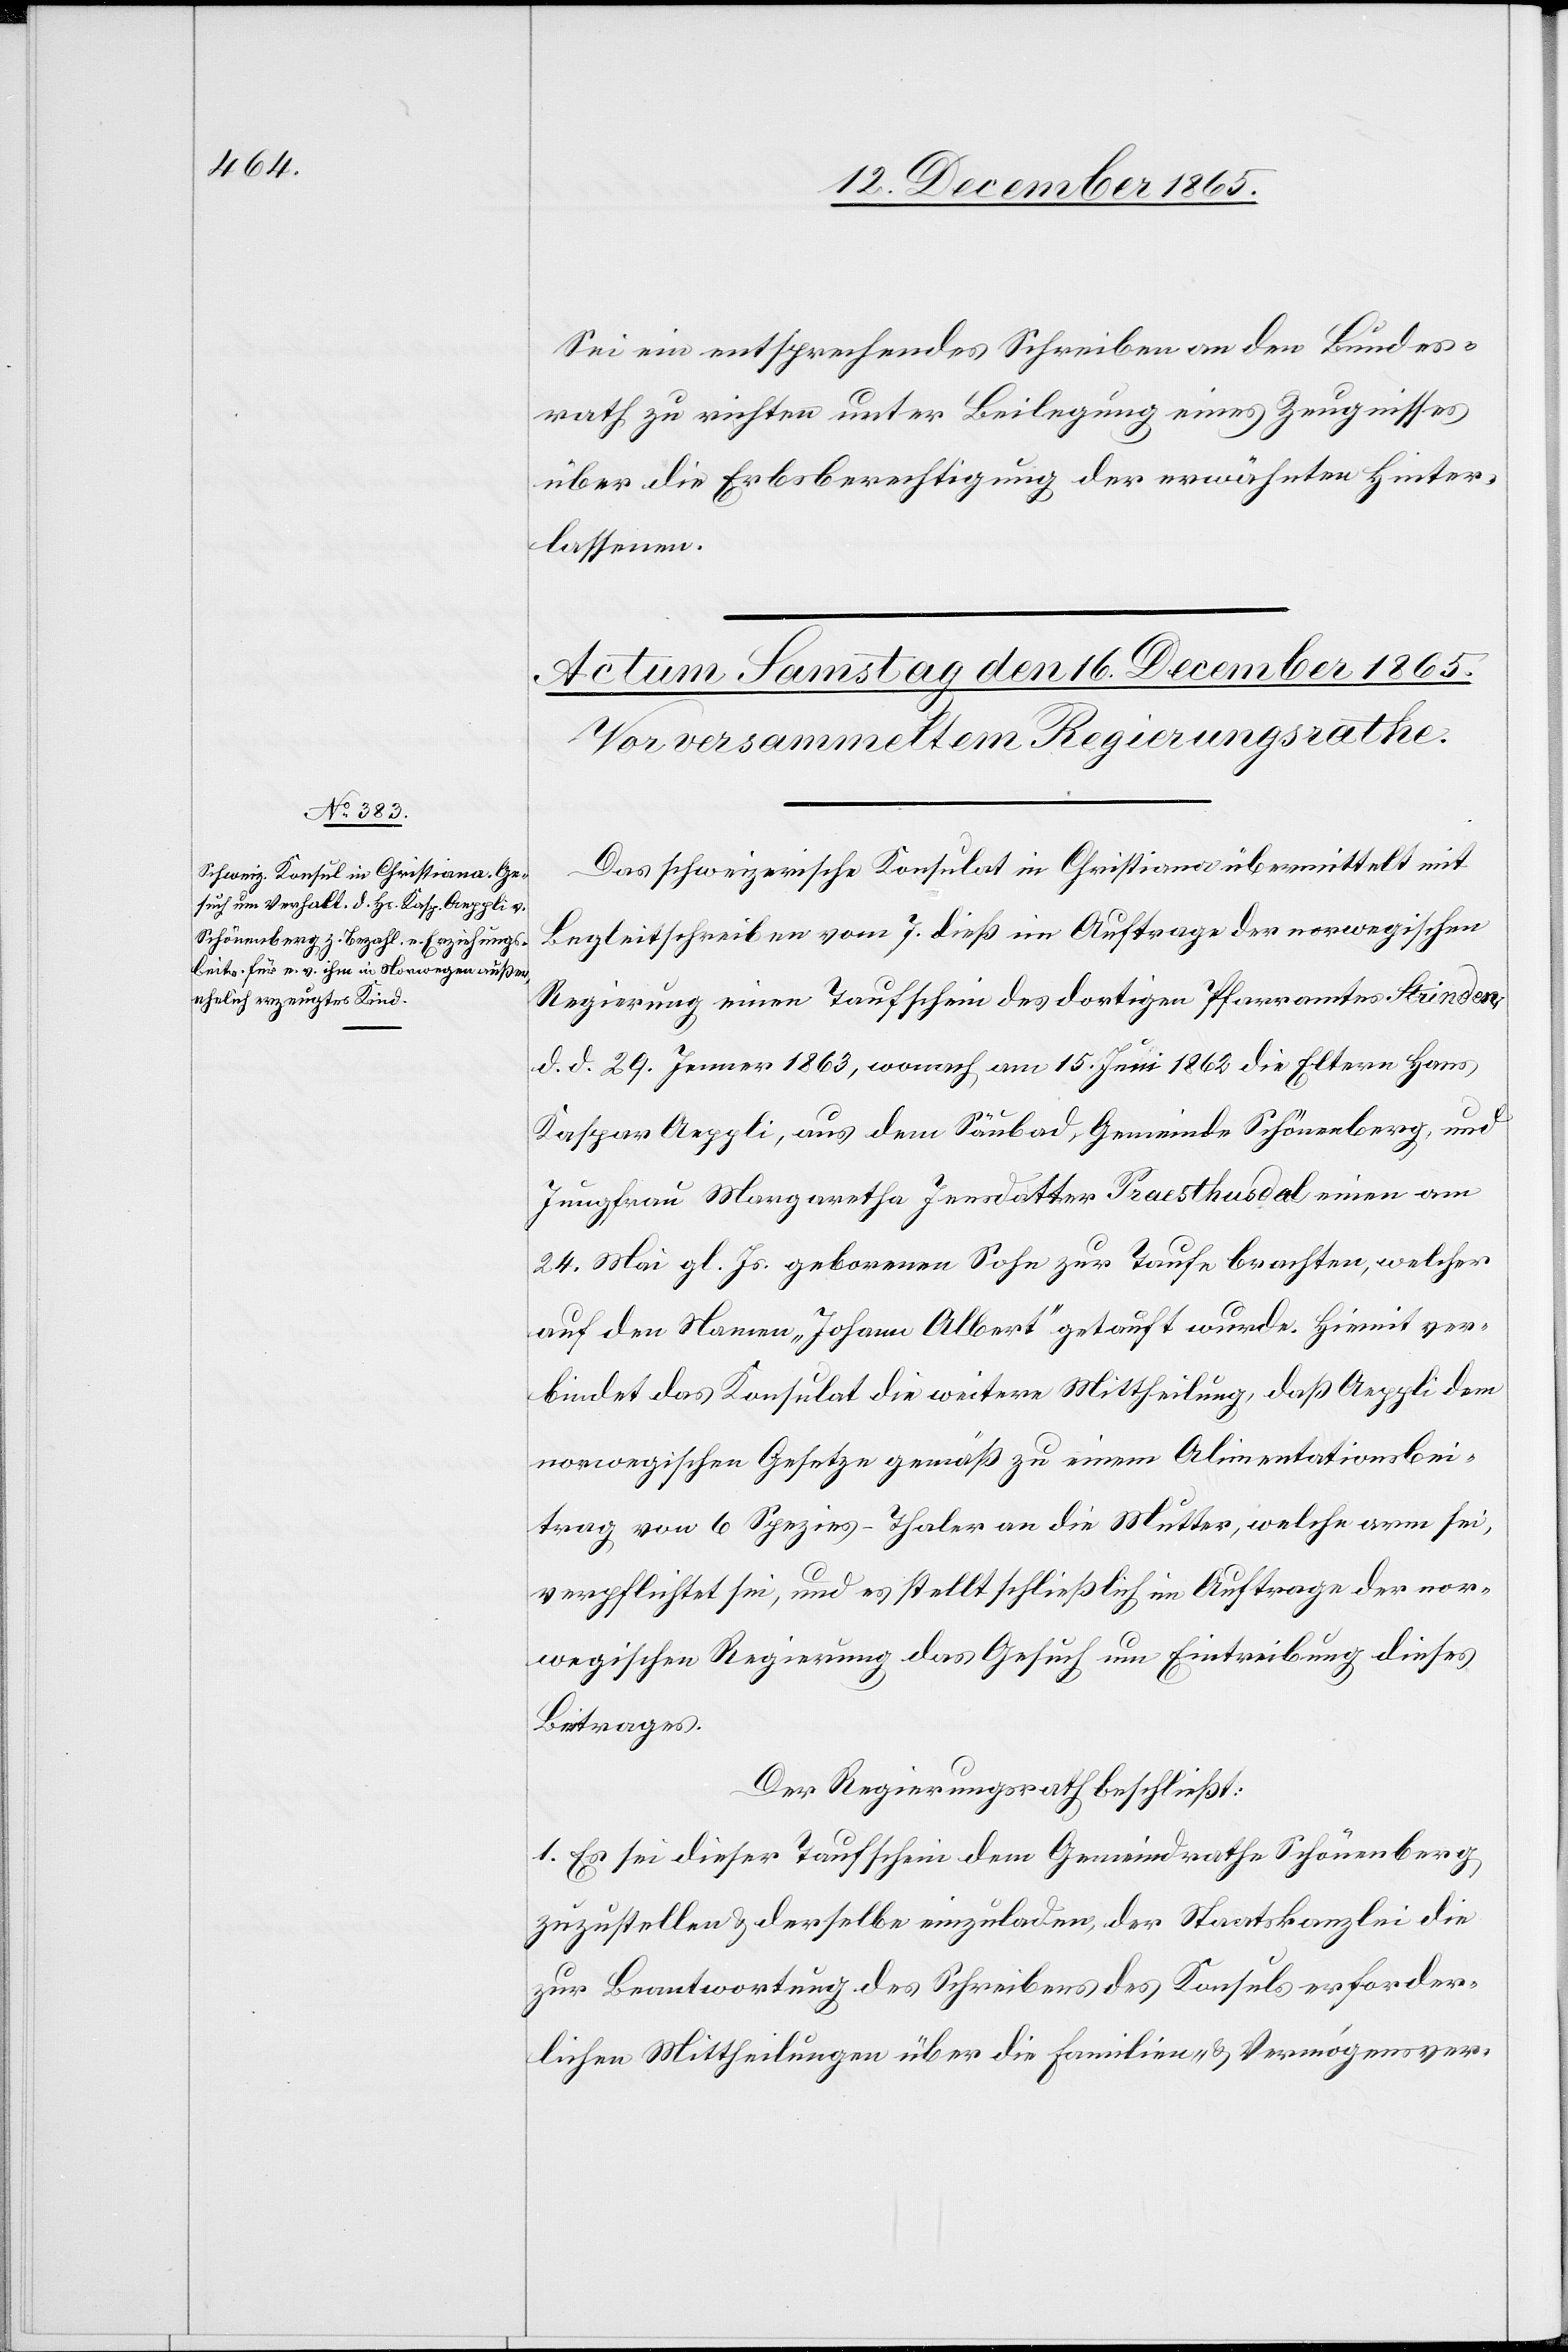
Sei ein entsprechendes Schreiben an den Bundes¬
rath zu richten unter Beilegung eines Zeugnisses
über die Erbsberechtigung der erwähnten Hinter¬
lassenen.
Das schweizerische Konsulat in Christiana übermittelt mit
Begleitschreiben vom 7. dieß im Auftrage der norwegischen
Regierung einen Taufschein des dortigen Pfarramtes Strinden,
d. d. 29. Januar 1863, wonach am 15. Juni 1862 die Eltern Hans
Kaspar Aeppli, aus dem Säubad, Gemeinde Schönenberg, und
Jungfrau Margaretha Jensdatter Praesthusdal einen am
24. Mai gl. Js. geborenen Sohn zur Taufe brachten, welcher
auf den Namen „Johann Albert“ getauft wurde. Hiemit ver¬
bindet das Konsulat die weitere Mittheilung, daß Aeppli dem
norwegischen Gesetze gemäß zu einem Alimentationsbei¬
trage von 6 Spezies-Thaler an die Mutter, welche arm sei,
verpflichtet sei, und es stellt schließlich im Auftrage der nor¬
wegischen Regierung das Gesuch um Eintreibung dieses
Beitrages.
Der Regierungsrath beschließt:
1. Es sei dieser Taufschein dem Gemeindrathe Schönenberg
zuzustellen & derselbe einzuladen, der Staatskanzlei die
zur Beantwortung des Schreibens des Konsuls erforder¬
lichen Mittheilungen über die Familien- & Vermögensver-